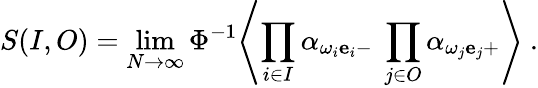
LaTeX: S(I,O)=\operatorname*{lim}_{N\to\infty}\Phi^{-1}\Biggl\langle\prod_{i\in I}\alpha_{{\omega_{i}{\mathbf e}_{i}}-}\ \prod_{j\in O}\alpha_{{\omega_{j}{\mathbf e}_{j}}+}\Biggr\rangle\ .